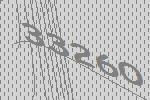
33260